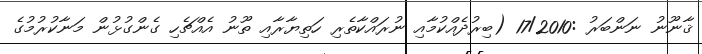
ޤާނޫނު ނަންބަރު :17/2010 (ބިރުދެއްކުމާއި ނުރައްކާތެރި ހަތިޔާރާއި ތޫނު އެއްޗެހި ގެންގުޅުން މަނާކުރުމުގެ